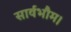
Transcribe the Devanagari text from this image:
सार्वभौम।